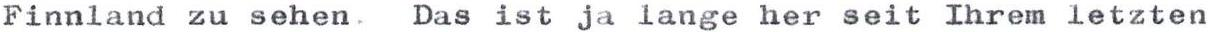
Finnland zu sehen. Das ist ja lange her seit Ihrem letzten